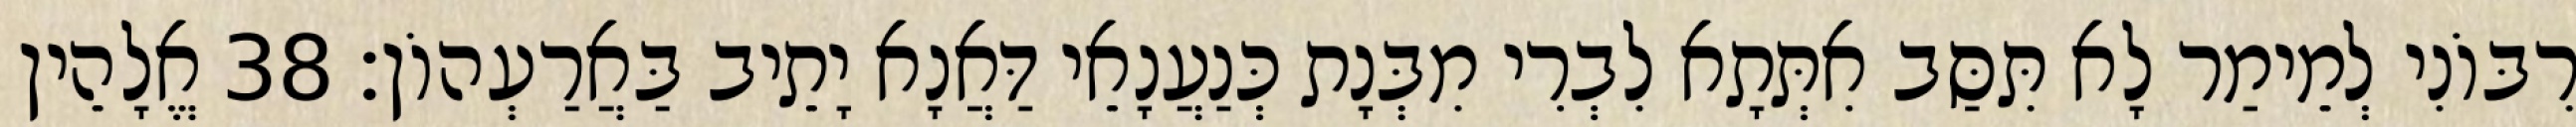
רִבּוֹנִי לְמֵימַר לָא תִּסַּב אִתְּתָא לִבְרִי מִבְּנָת כְּנַעֲנָאֵי דַּאֲנָא יָתֵיב בַּאֲרַעְהוֹן׃ 38 אֱלָהֵין